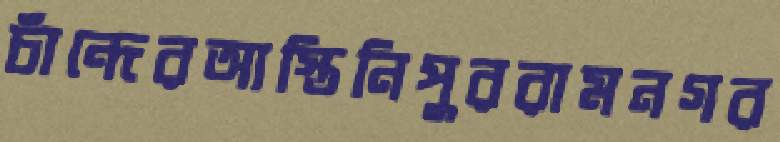
চাঁন্দেরআস্তিনিপুররামনগর